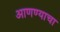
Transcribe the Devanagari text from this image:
अाणण्याचा